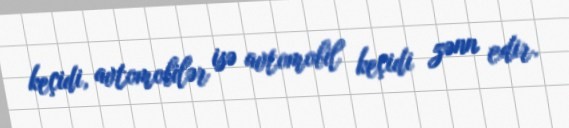
keçidi, avtomobilər isə avtomobil keçidi zənn edir.